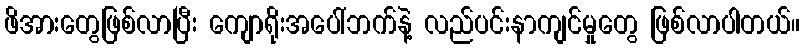
ဖိအားတွေဖြစ်လာပြီး ကျောရိုးအပေါ်ဘက်နဲ့ လည်ပင်းနာကျင်မှုတွေ ဖြစ်လာပါတယ်။